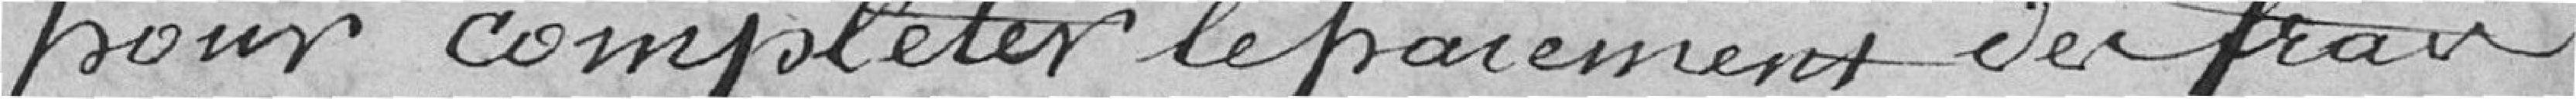
pour compléter le paiement des frais